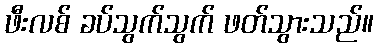
ဖီးလစ် ခပ်သွက်သွက် ဖတ်သွားသည်။